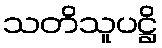
သတိသူပဋ္ဌိ